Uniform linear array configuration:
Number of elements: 8
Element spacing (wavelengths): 0.75
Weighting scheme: cosine
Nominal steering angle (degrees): -15
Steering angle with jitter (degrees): -13.1
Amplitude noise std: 0.05
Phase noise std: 0.05

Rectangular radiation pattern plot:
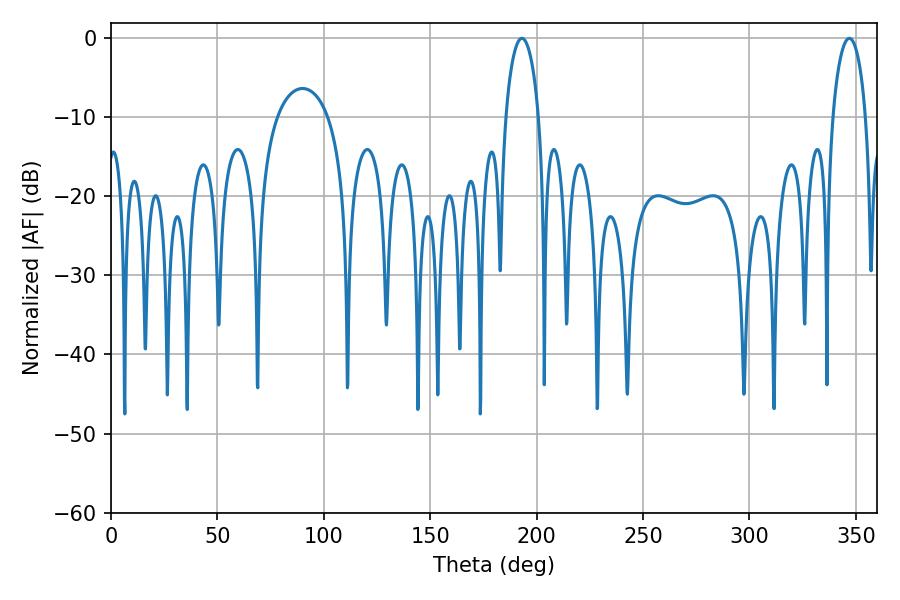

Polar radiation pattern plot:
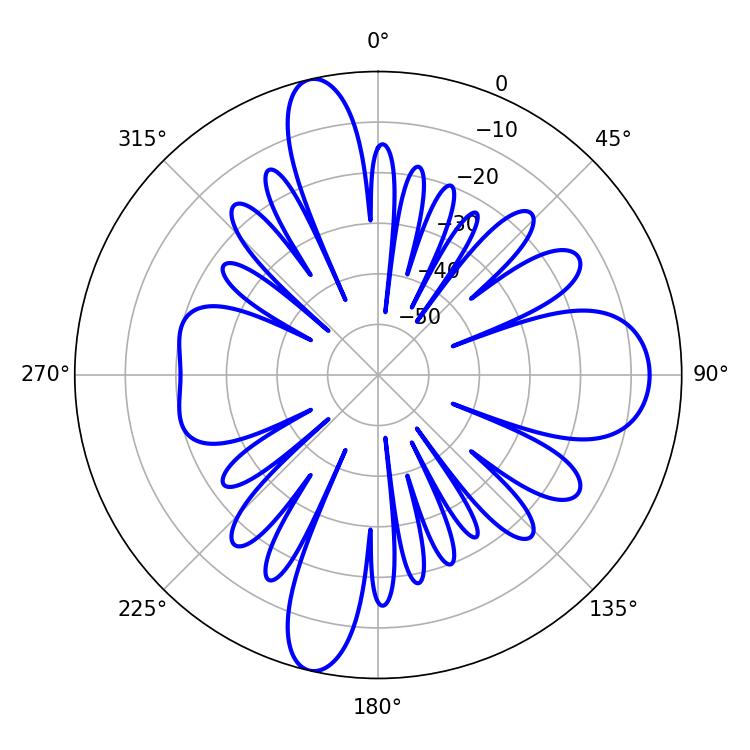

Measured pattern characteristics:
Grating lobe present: TRUE
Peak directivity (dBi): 21.251
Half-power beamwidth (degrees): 9
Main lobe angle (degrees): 193.14